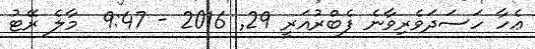
ޢެހާ ހަސަދަވެރިވާނެ ފެބްރުއަރީ 29